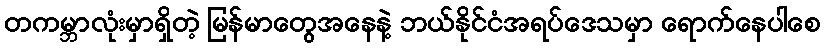
တကမ္ဘာလုံးမှာရှိတဲ့ မြန်မာတွေအနေနဲ့ ဘယ်နိုင်ငံအရပ်ဒေသမှာ ရောက်နေပါစေ